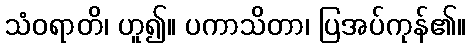
သံဝရာတိ၊ ဟူ၍။ ပကာသိတာ၊ ပြအပ်ကုန်၏။